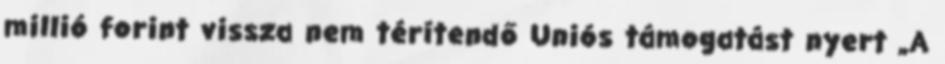
millió forint vissza nem térítendő Uniós támogatást nyert „A